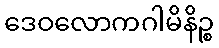
ဒေဝလောကဂါမိနိဉ္စ